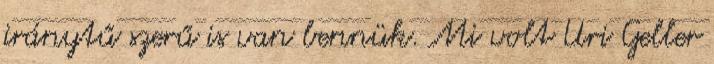
iránytű szerű is van bennük. Mi volt Uri Geller